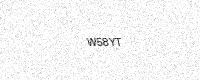
Text: W58YT